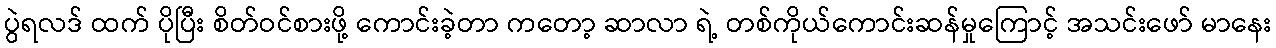
ပွဲရလဒ် ထက် ပိုပြီး စိတ်ဝင်စားဖို့ ကောင်းခဲ့တာ ကတော့ ဆာလာ ရဲ့ တစ်ကိုယ်ကောင်းဆန်မှုကြောင့် အသင်းဖော် မာနေး